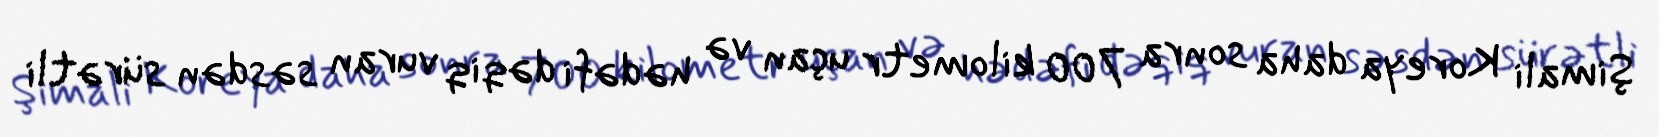
Şimali Koreya daha sonra 700 kilometr uçan və hədəfi dəqiq vuran səsdən sürətli